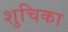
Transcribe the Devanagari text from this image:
शुचिका